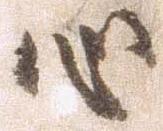
心